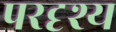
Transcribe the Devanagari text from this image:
परदृश्य